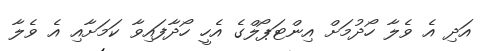
އަދި އެ ވެލާ ހޯދުމަށް އިންޓަޕޯލްގެ އެހީ ހޯދާފައިވާ ކަމަށާއި އެ ވެލާ